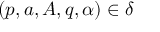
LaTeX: ( p , a , A , q , \alpha ) \in \delta